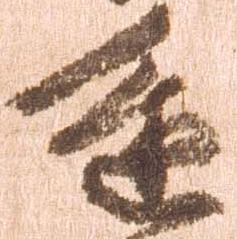
進